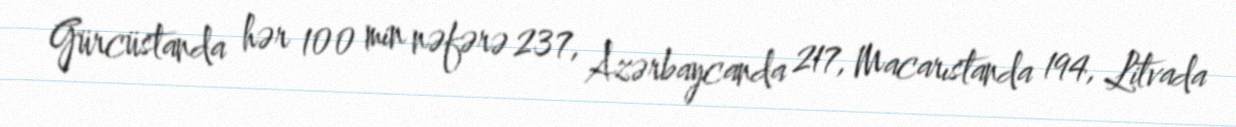
Gürcüstanda hər 100 min nəfərə 237, Azərbaycanda 217, Macarıstanda 194, Litvada